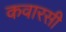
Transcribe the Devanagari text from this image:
कवारसी